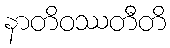
နာတိဝဿတီတိ